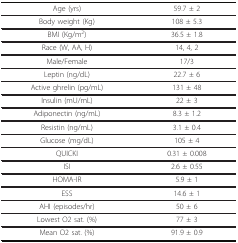
<table><thead><tr><td><b>Age (yrs)</b></td><td><b>59.7 ± 2</b></td></tr></thead><tbody><tr><td>Body weight (Kg)</td><td>108 ± 5.3</td></tr><tr><td>BMI (Kg/m<sup>2</sup>)</td><td>36.5 ± 1.8</td></tr><tr><td>Race (W, AA, H)</td><td>14, 4, 2</td></tr><tr><td>Male/Female</td><td>17/3</td></tr><tr><td>Leptin (ng/dL)</td><td>22.7 ± 6</td></tr><tr><td>Active ghrelin (pg/mL)</td><td>131 ± 48</td></tr><tr><td>Insulin (mU/mL)</td><td>22 ± 3</td></tr><tr><td>Adiponectin (ng/mL)</td><td>8.3 ± 1.2</td></tr><tr><td>Resistin (ng/mL)</td><td>3.1 ± 0.4</td></tr><tr><td>Glucose (mg/dL)</td><td>105 ± 4</td></tr><tr><td>QUICKI</td><td>0.31 ± 0.008</td></tr><tr><td>ISI</td><td>2.6 ± 0.55</td></tr><tr><td>HOMA-IR</td><td>5.9 ± 1</td></tr><tr><td>ESS</td><td>14.6 ± 1</td></tr><tr><td>AHI (episodes/hr)</td><td>50 ± 6</td></tr><tr><td>Lowest O2 sat. (%)</td><td>77 ± 3</td></tr><tr><td>Mean O2 sat. (%)</td><td>91.9 ± 0.9</td></tr></tbody></table>